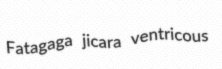
Fatagaga jicara ventricous